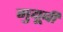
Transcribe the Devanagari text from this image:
गुयूबी